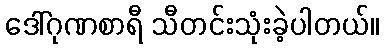
ဒေါ်ဂုဏစာရီ သီတင်းသုံးခဲ့ပါတယ်။